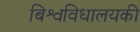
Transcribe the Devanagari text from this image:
बिश्वविधालयकी